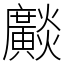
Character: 𤒼